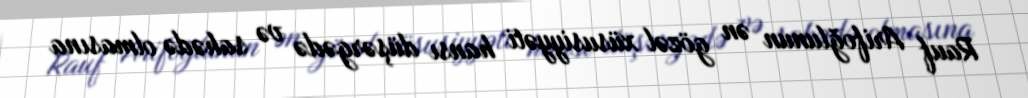
Rauf Arifoğlunun ən gözəl xüsusiyyəti hansı düşərgədə və sahədə olmasına